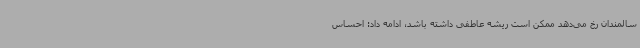
سالمندان رخ می‌دهد ممکن است ریشه عاطفی داشته باشد، ادامه داد: احساس